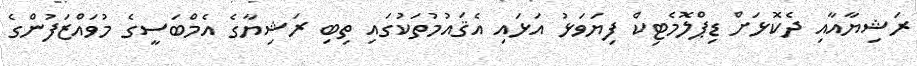
ރަޝިޔާއާއި ދެކޮޅަށް ޑިޕްލޮމެޓިކް ފިޔަވަޅު އަޅައި އެޤައުމުތަކުގައި ތިބި ރަޝިޔާގެ އެމްބަސީގެ މުވައްޒަފުންގެ